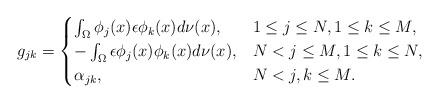
LaTeX: \begin{align*} g_{jk} = \begin{cases} \int_{\Omega} \phi_{j}(x)\epsilon\phi_{k}(x) d\nu(x), & 1 \leq j \leq N, 1 \leq k \leq M,\\ -\int_{\Omega} \epsilon\phi_{j}(x)\phi_{k}(x) d\nu(x), & N < j \leq M, 1 \leq k \leq N,\\ \alpha_{jk}, & N < j, k \leq M. \end{cases} \end{align*}